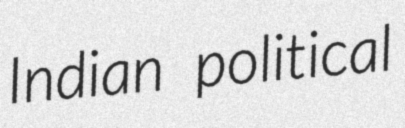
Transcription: Indian political